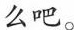
么吧。